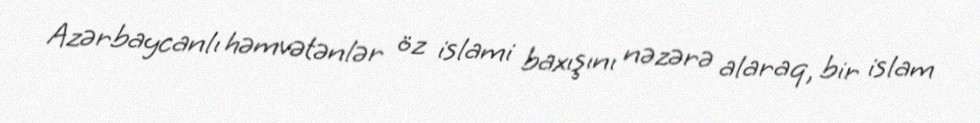
Azərbaycanlı həmvətənlər öz islami baxışını nəzərə alaraq, bir islam